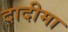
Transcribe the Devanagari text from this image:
दादीमा